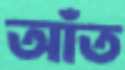
আঁত